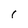
Character: r